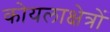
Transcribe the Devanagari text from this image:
कोयलाक्षेत्रों